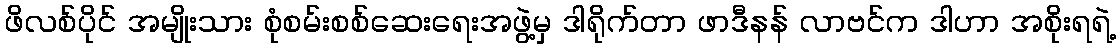
ဖိလစ်ပိုင် အမျိုးသား စုံစမ်းစစ်ဆေးရေးအဖွဲ့မှ ဒါရိုက်တာ ဖာဒီနန် လာဗင်က ဒါဟာ အစိုးရရဲ့